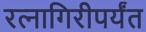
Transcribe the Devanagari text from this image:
रत्‍नागिरीपर्यंत